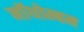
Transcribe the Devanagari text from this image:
नॉथोम्बम